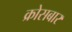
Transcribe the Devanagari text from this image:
क्रोसबार